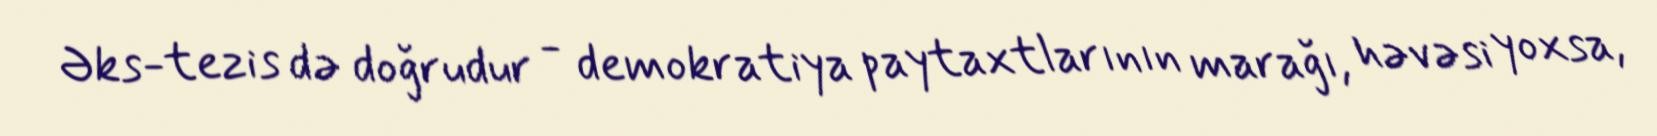
Əks-tezis də doğrudur - demokratiya paytaxtlarının marağı, həvəsi yoxsa,